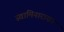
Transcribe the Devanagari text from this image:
स्वामिनारायन